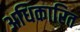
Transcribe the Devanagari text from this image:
अधिकारित